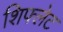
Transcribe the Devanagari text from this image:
शिफ्लेट